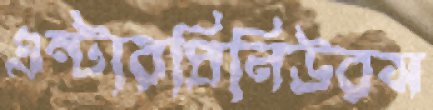
এন্টারপ্রিনিউরস